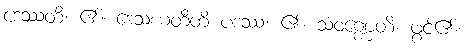
ဒေဿတိ၊ ၏။ ဒေသယတီတိ ပဒဿ၊ ၏။ သံဝဏ္ဏေတိ၊ ဖွင့်၏။